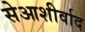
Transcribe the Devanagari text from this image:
सेआशीर्वाद